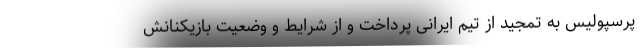
پرسپولیس به تمجید از تیم ایرانی پرداخت و از شرایط و وضعیت بازیکنانش